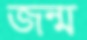
জন্ম